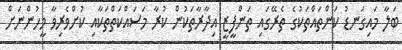
ބަލާ މައިގަނޑު ކަންތައްތަކުގެ ތެރޭގައި ތަންފީޒީ އިދާރާތަކުން ކުރާ މަސައްކަތްތަކާއި ކުށްވެރިވާ މީހުންނަށް